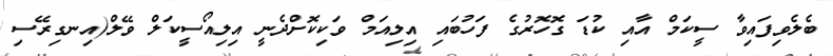
ބެލެވިފައިވާ ސީކަމް އާއި ކުޑަ ގޮހޮރުގެ ފަހުބައި އިލިއަމް ވަކިކޮށްދެނީ އިލިއޯސީކަލް ވޭލް(އިނގިރޭސި